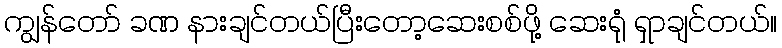
ကျွန်တော် ခဏ နားချင်တယ်ပြီးတော့ဆေးစစ်ဖို့ ဆေးရုံ ရှာချင်တယ်။